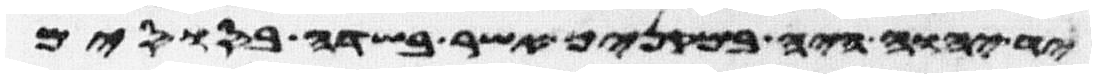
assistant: יד יהוה היה במקניך אשר בשדה בסוסים